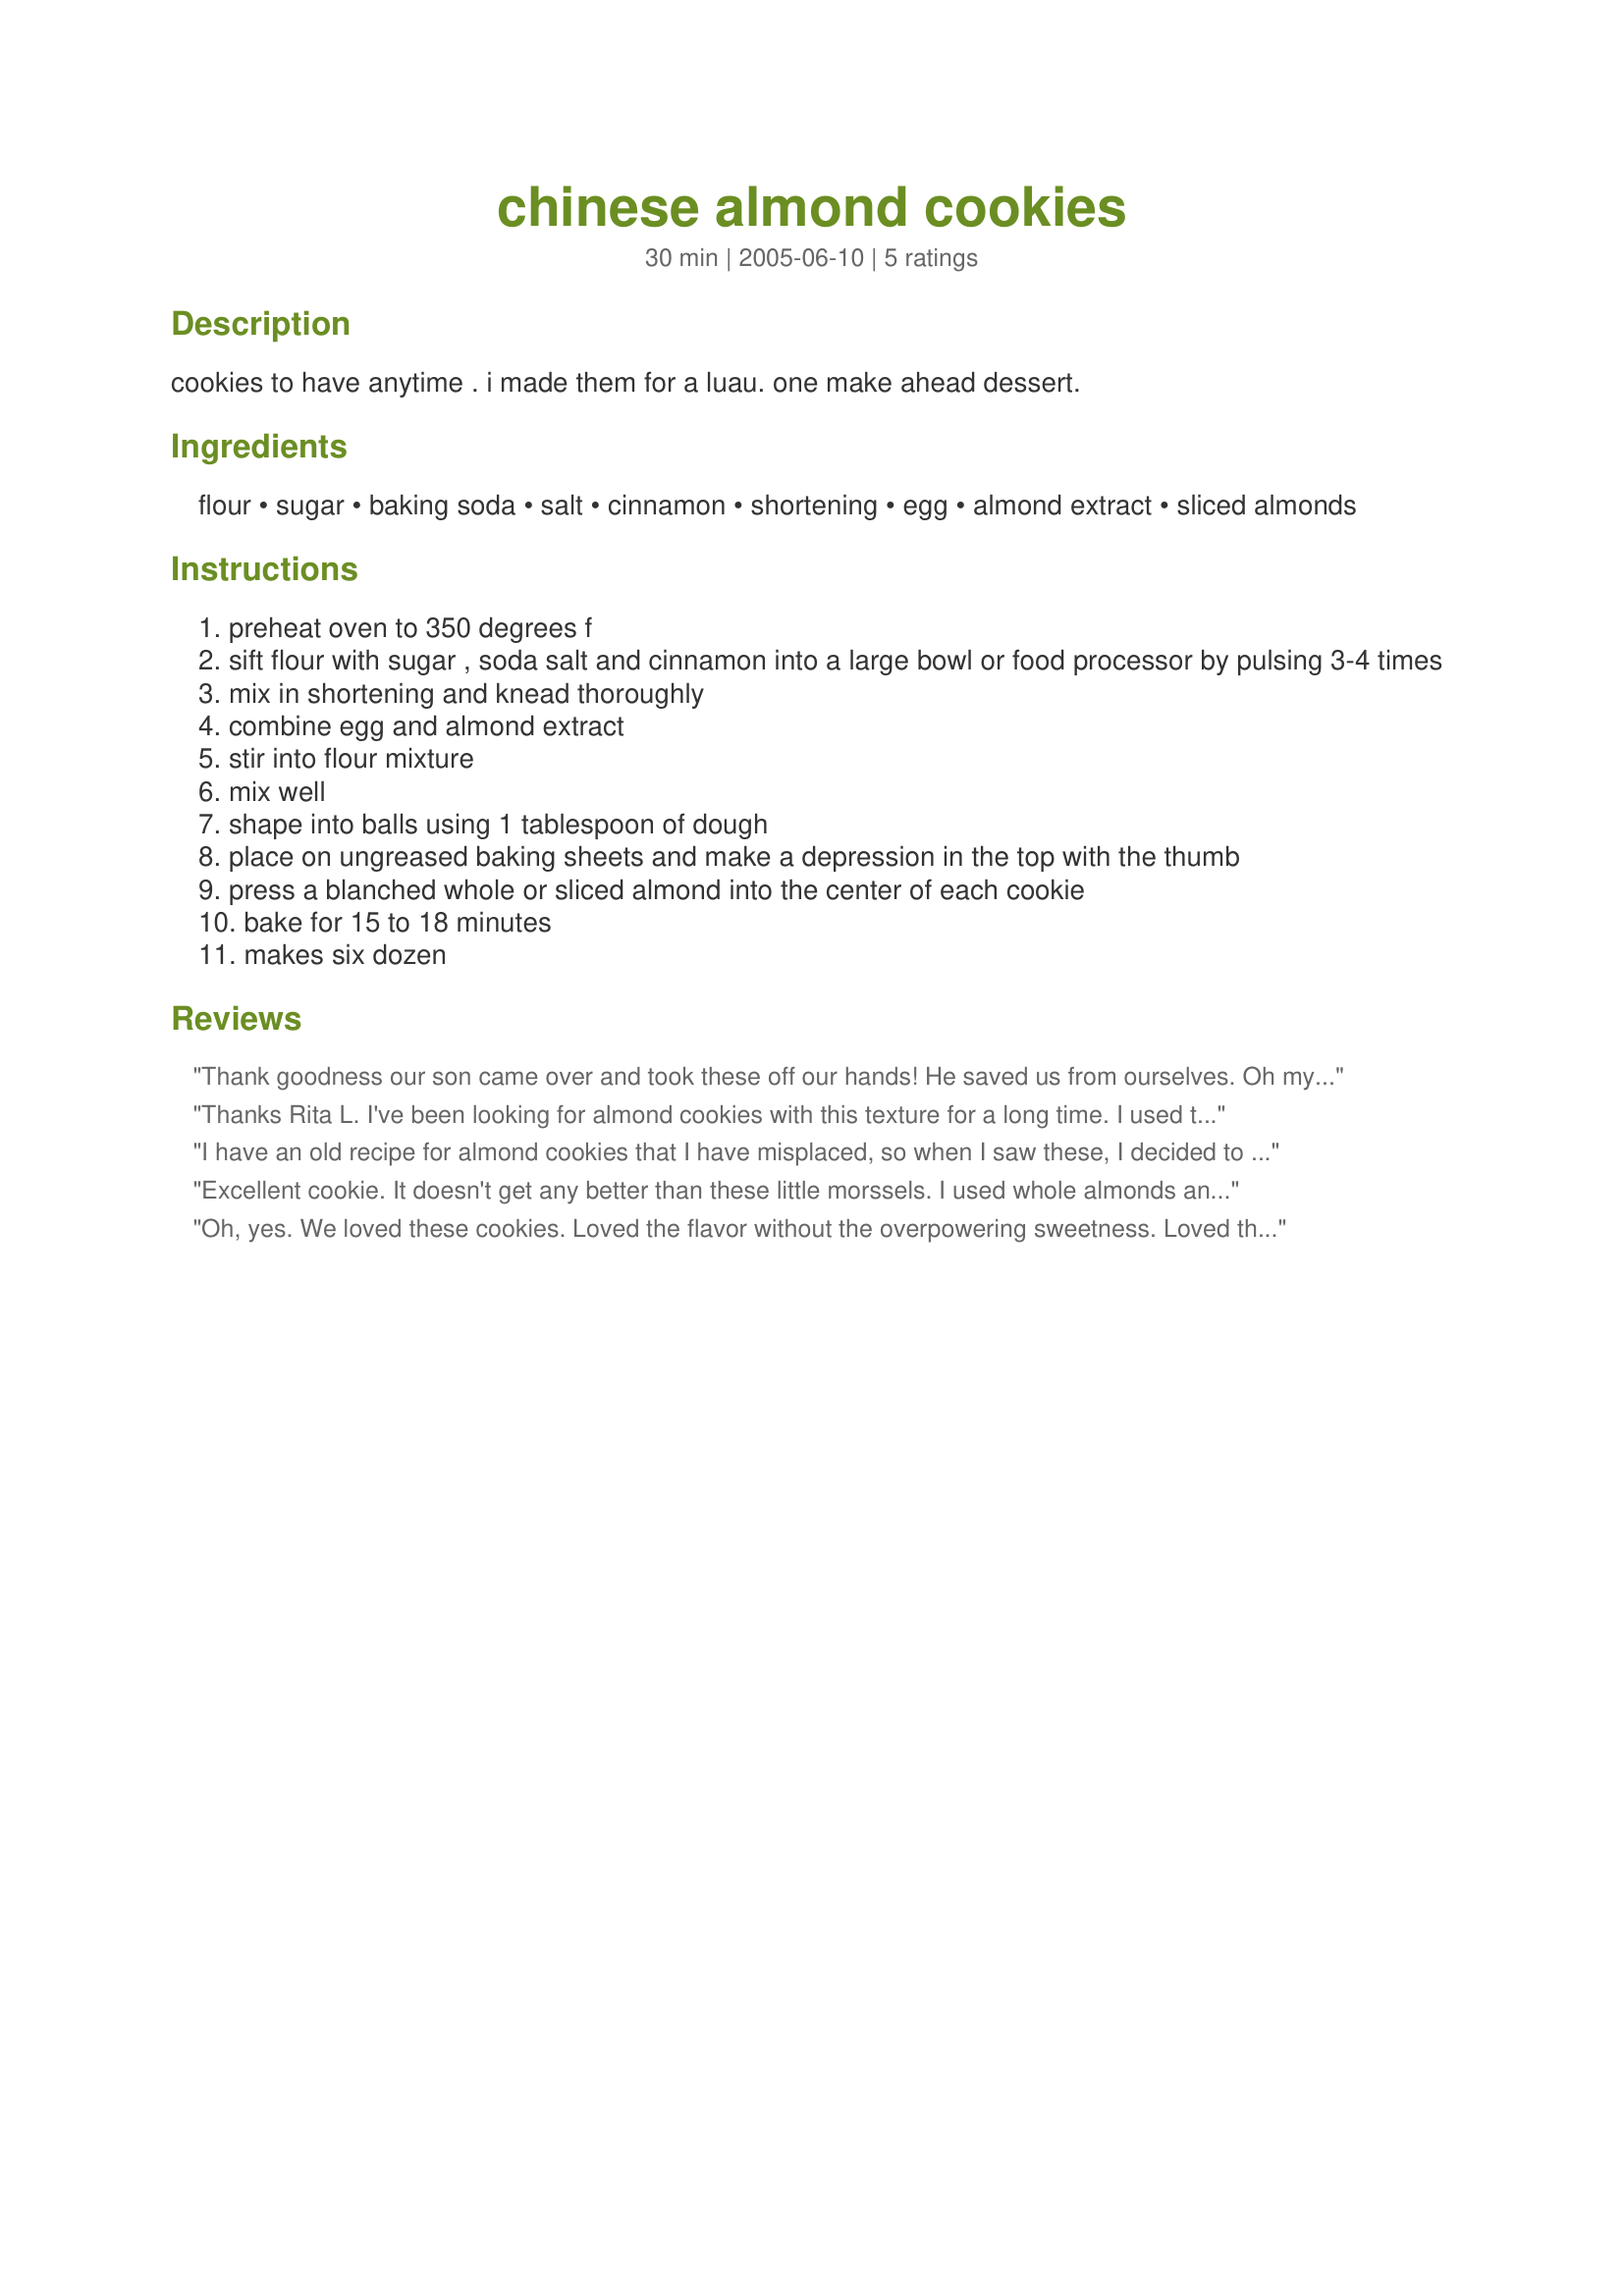
chinese almond cookies
Preparation time: 30 minutes

cookies to have anytime . i made them for a luau. one make ahead dessert.

Ingredients:
flour, sugar, baking soda, salt, cinnamon, shortening, egg, almond extract, sliced almonds

Steps:
preheat oven to 350 degrees f
sift flour with sugar , soda salt and cinnamon into a large bowl or food processor by pulsing 3-4 times
mix in shortening and knead thoroughly
combine egg and almond extract
stir into flour mixture
mix well
shape into balls using 1 tablespoon of dough
place on ungreased baking sheets and make a depression in the top with the thumb
press a blanched whole or sliced almond into the center of each cookie
bake for 15 to 18 minutes
makes six dozen

Reviews:
Thank goodness our son came over and took these off our hands! He saved us from ourselves. Oh my, these were so good! Perfectly delicate. I left out the cinnamon because I didn't want anything interfering with the almond taste! I used just a wee bit more almond extract, just a few drops.I never knew to use my food processor for cookie dough. Even my husband said, "WOW you almost beat the oven pre-heating to make that dough!" I love your recipes, Rita, and this is another one I will always keep! Thanks!
Thanks Rita L. I've been looking for almond cookies with this texture for a long time. I used the food processor, didn't change a thing except for eliminating the cinnamon. I did use a little beaten eggwhite to help the sliced almonds stick. Next time I'll use whole almonds. Thanks again.
I have an old recipe for almond cookies that I have misplaced, so when I saw these, I decided to bake them. They were good, but, unfortunately did not meet my expectations. If I never baked them before, I may not have had anything to compare, so my bias is really based on that. I am also wondering if making these with butter would work, as I don't like to use shortening for health reasons, but am concerned that the consistency would be different. My DH liked these better than I did, and I would make them again, if I can't locate my original recipe. Thanks, Rita, for posting.
Excellent cookie. It doesn't get any better than these little morssels. I used whole almonds and used a little beaten eggwhite to help the almonds stick as recommended by Jezski, and it worked great. Added these to my cookie tray that I make for our home study group. Thanks Rita
Oh, yes. We loved these cookies. Loved the flavor without the overpowering sweetness. Loved the way the crumbled in my mouth. Everyone at my chinese meal for Bible Study loved them too. Will try them without nuts as well as with pecans sometime.
